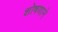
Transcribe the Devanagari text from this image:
शोषणाने